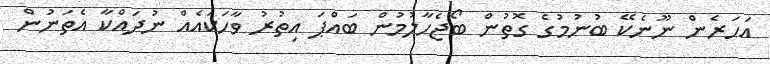
އަހަރެން ނޫނެކޭ ބުނުމުގެ ގޮތުން ބޯޖެހާލުމުން ބައްޕަ އިތުރު ވާހަކައެއް ނުދައްކާ އެތަނުން